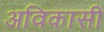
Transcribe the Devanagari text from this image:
अविकासी